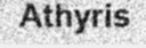
Athyris